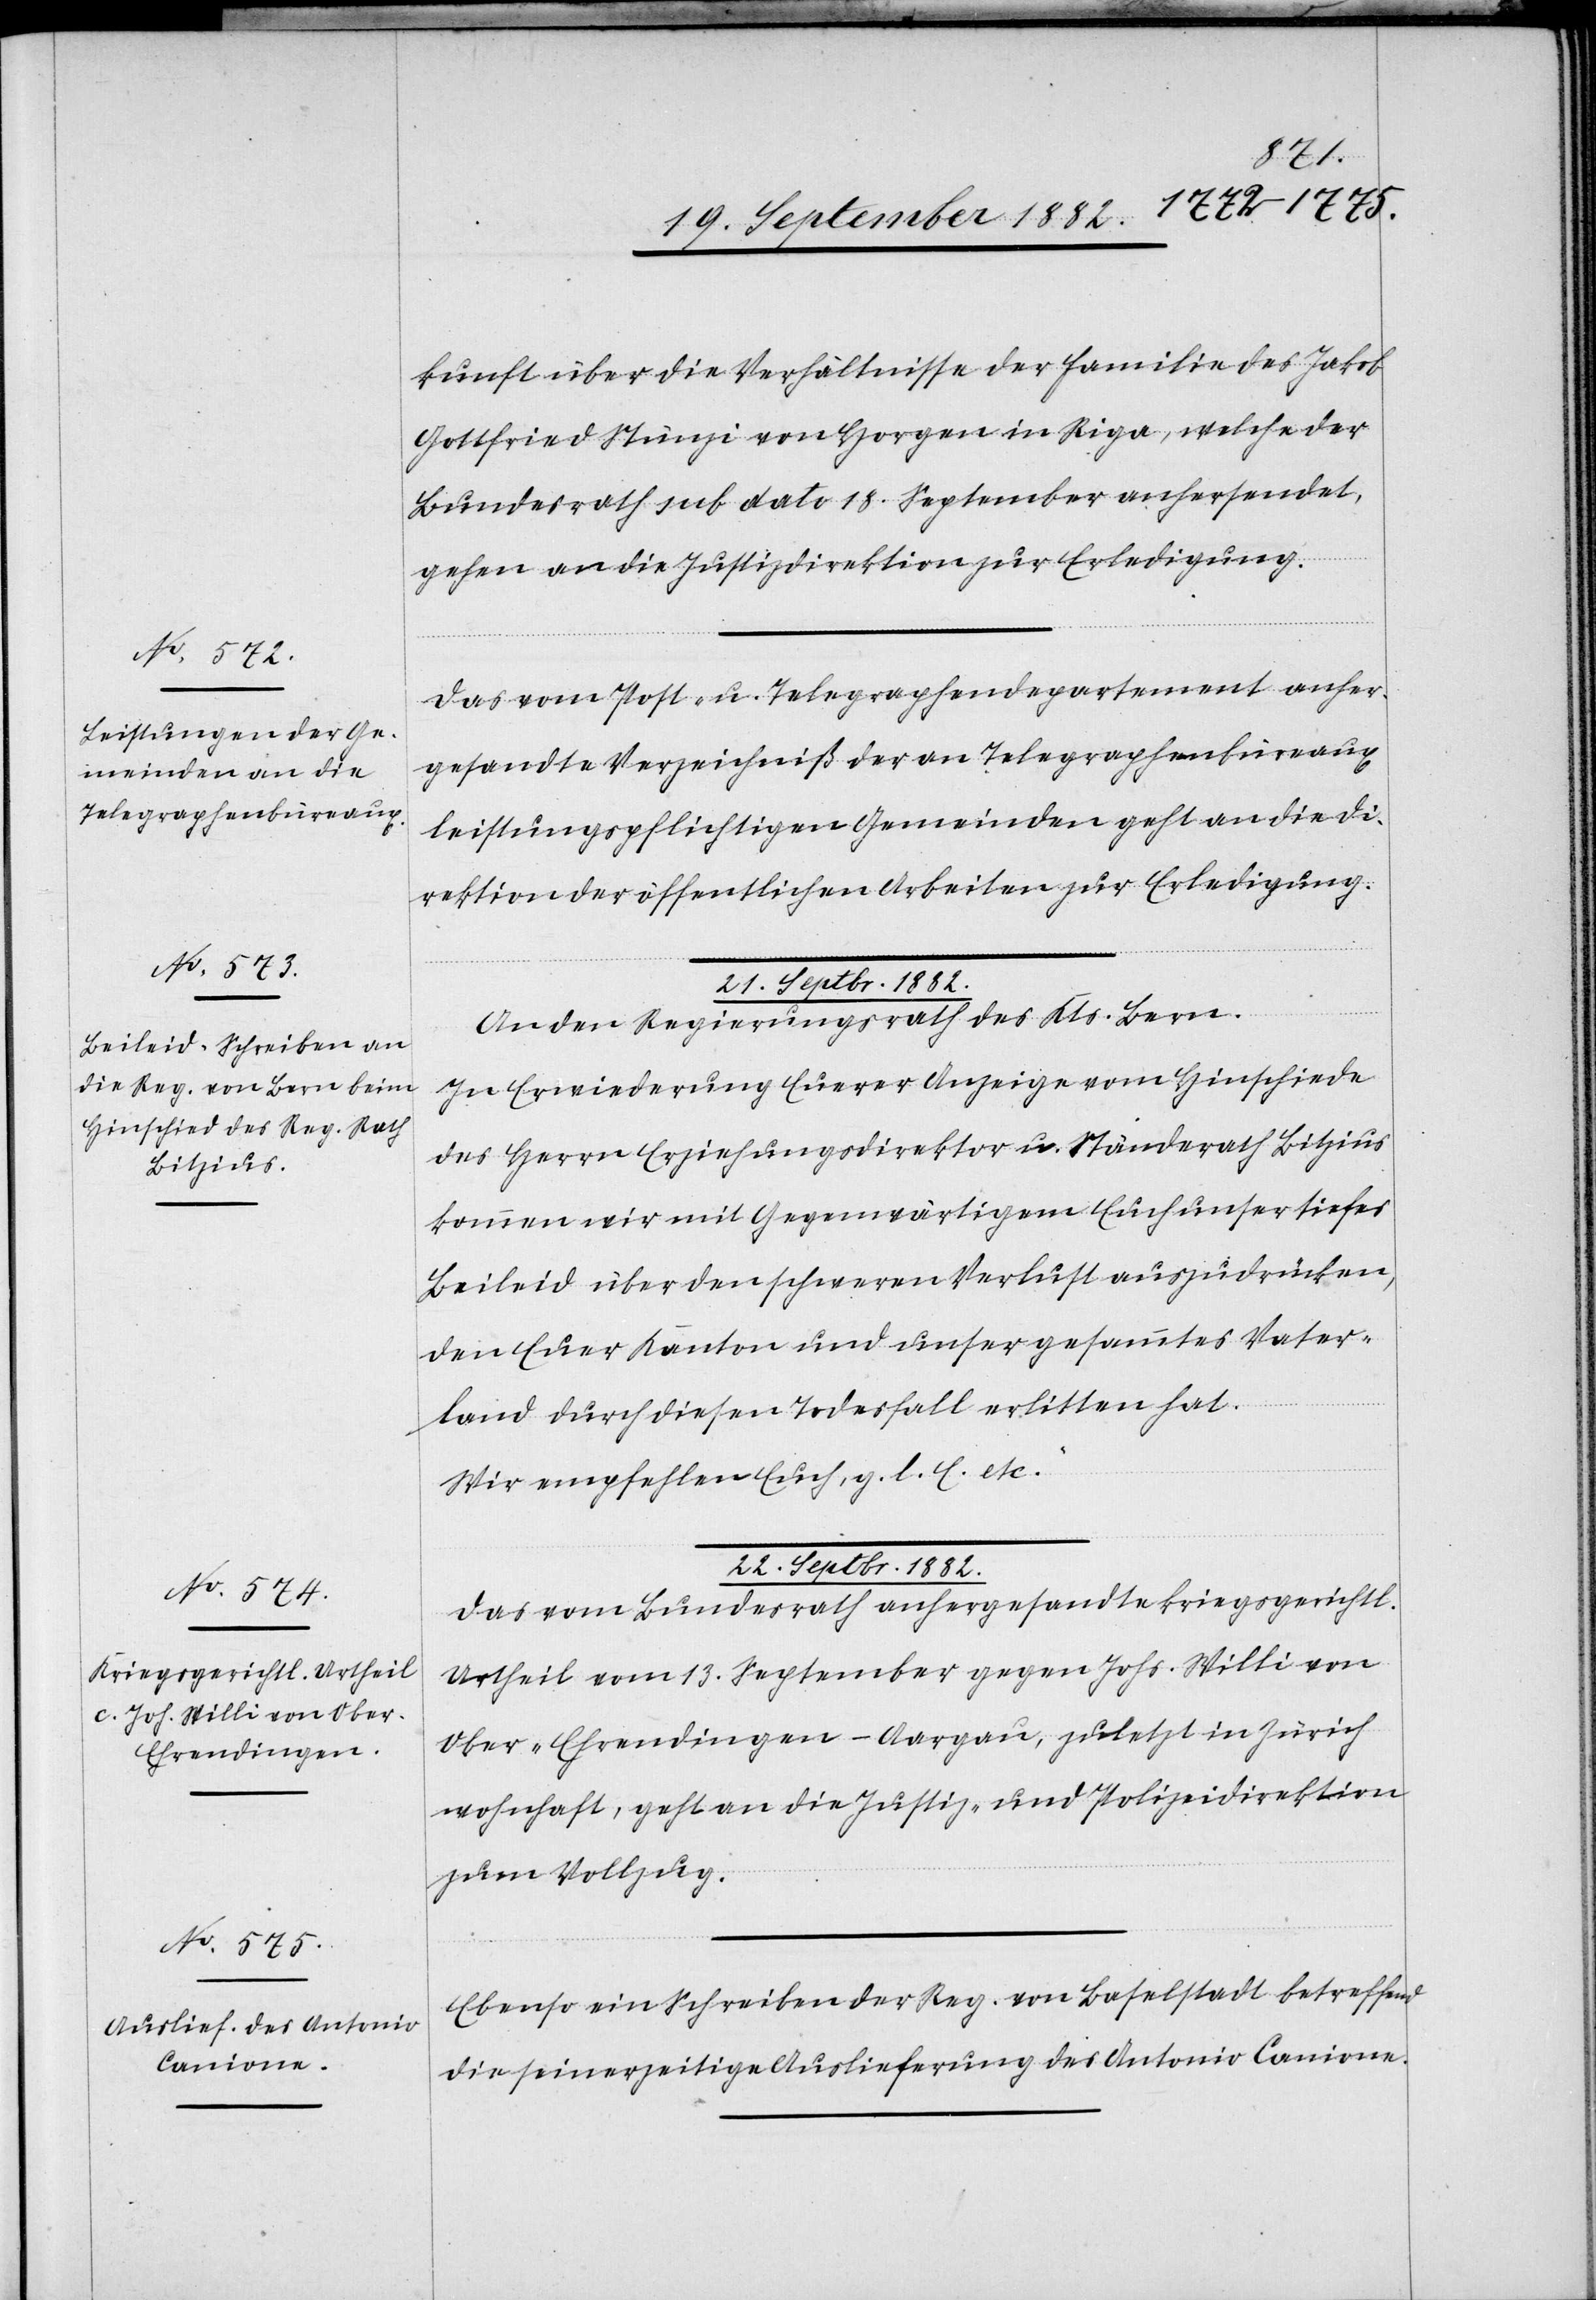
1882.]
22.
21. September 1882.
kunft über die Verhältnisse der Familie des Jakob
Gottfried Stünzi von Horgen in Riga, welche der
Bundesrath sub dato 18. September anhersendet,
gehen an die Justizdirektion zur Erledigung.
Das vom Post- u. Telegraphendepartement anher¬
gesandte Verzeichniß der an Telegraphenbüreaux
leistungspflichtigen Gemeinden geht an die Di¬
rektion der öffentlichen Arbeiten zur Erledigung.
An den Regierungsrath des Kts. Bern.
In Erwiederung Euerer Anzeige vom Hinschiede
des Herrn Erziehungsdirektor u. Ständerath Bitzius
kommen wir mit Gegenwärtigem Euch unser tiefes
Beileid über den schweren Verlust auszudrücken,
den Euer Kanton und unser gesammtes Vater¬
land durch diesen Todesfall erlitten hat.
Wir empfehlen Euch, g. l. E. etc.“
Das vom Bundesrath anhergesandte kriegsgerichtl.
Urtheil vom 13. September gegen Johs. Willi von
Ober-Ehrendingen - Aargau, zuletzt in Zürich
wohnhaft, geht an die Justiz- & Polizeidirektion
zum Vollzug.
Ebenso ein Schreiben der Reg. von Baselstadt betreffend
die seinerzeitige Auslieferung des Antonio Conione.